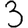
Digit: 3